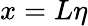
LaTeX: x=L\eta